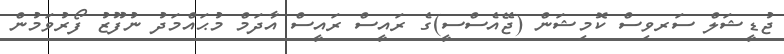
ޖުޑީޝަލް ސަރވިސް ކޮމިޝަން (ޖޭއެސްސީ)ގެ ރައީސް ރައީސް އާދަމް މުޙައްމަދު ނުފޫޒު ފޯރުވަމުން